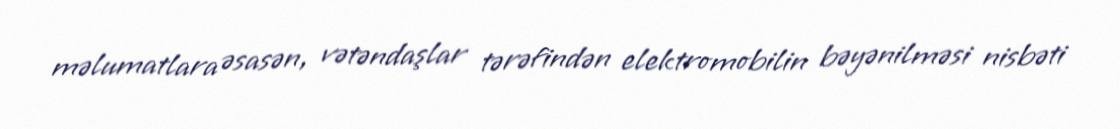
məlumatlara əsasən, vətəndaşlar tərəfindən elektromobilin bəyənilməsi nisbəti